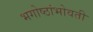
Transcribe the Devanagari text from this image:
भगोष्ठांभोवती